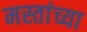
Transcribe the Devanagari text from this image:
मस्तांच्या